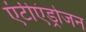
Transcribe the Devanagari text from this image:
एंटीएंड्रोजन